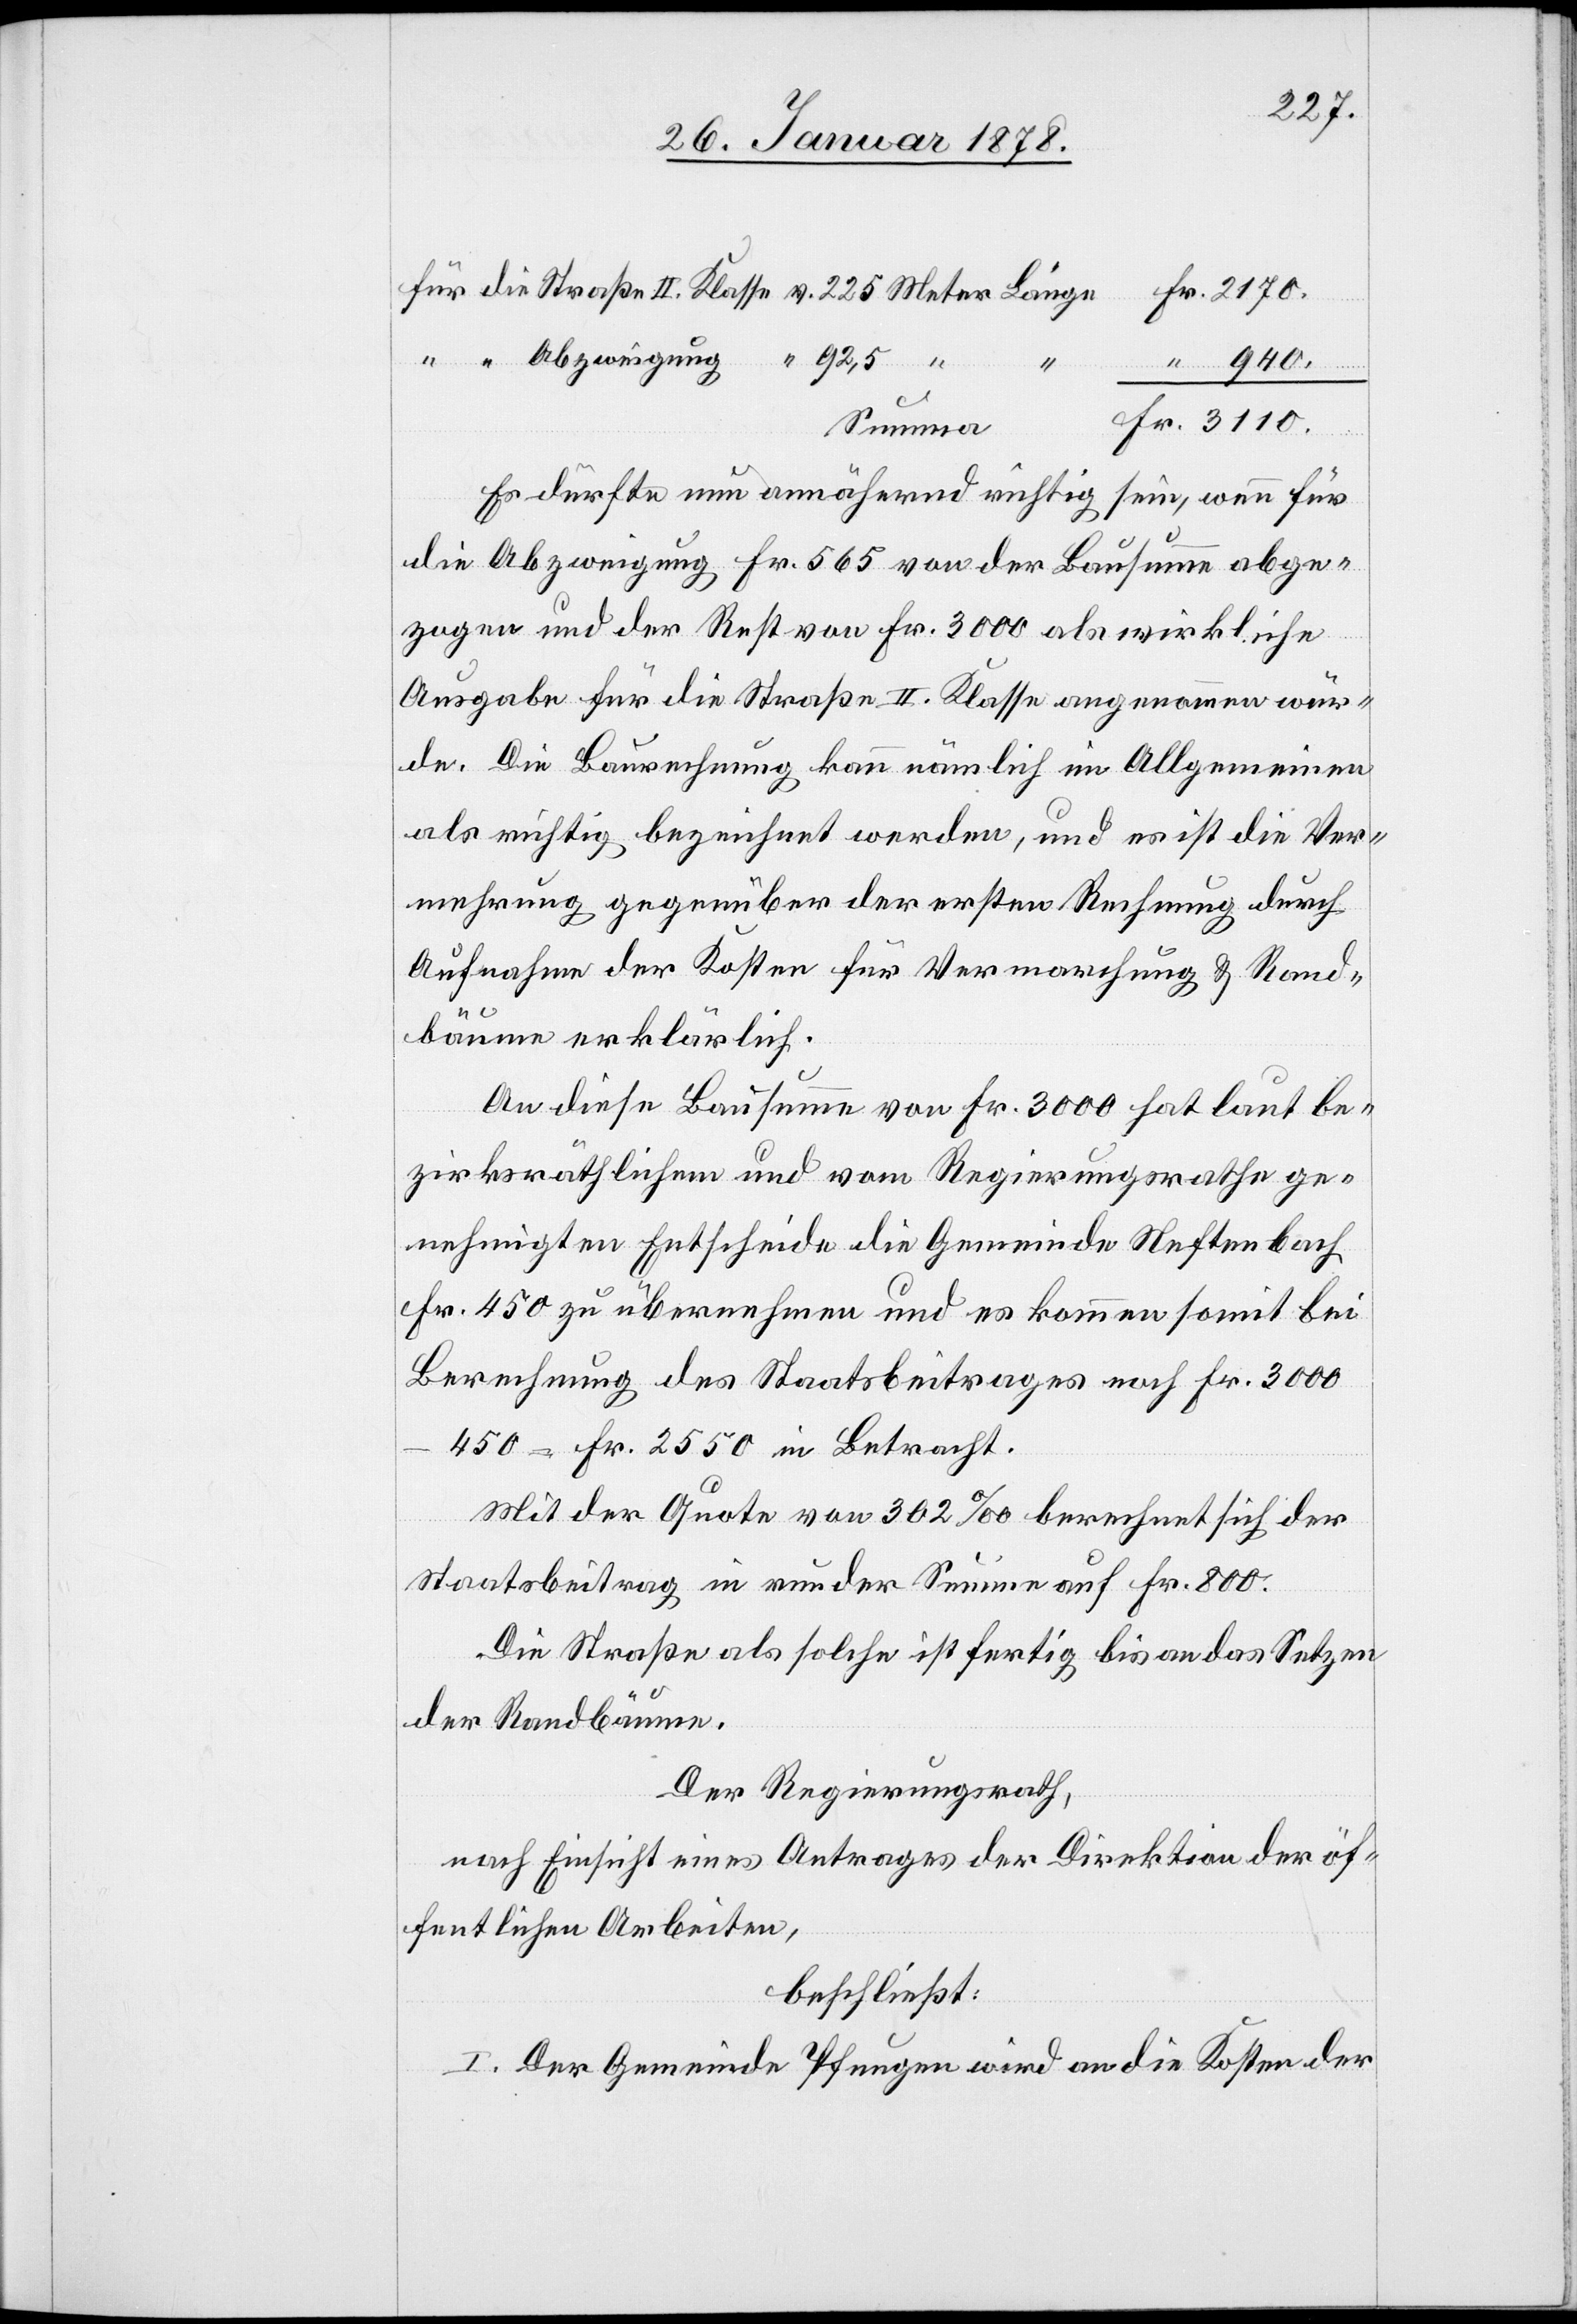
für die Straße II. Klasse v. 225 Meter Länge Fr. 2170.
“ “ Abzweigung “ 92,5 “
“
“ 940.
Fr. 3110.
Summa
Es dürfte nun annähernd richtig sein, wenn für
die Abzweigung Fr. 565 von der Bausumme abge¬
zogen und der Rest von Fr. 3000 als wirkliche
Ausgabe für die Straße II. Klasse angenommen wür¬
de. Die Baurechnung kann nämlich im Allgemeinen
als richtig bezeichnet werden, und es ist die Ver¬
mehrung gegenüber der ersten Rechnung durch
Aufnahme der Kosten für Vermarchung & Rand¬
bäume erklärlich.
An diese Bausumme von Fr. 3000 hat laut be¬
zirksräthlichem und vom Regierungsrathe ge¬
nehmigten Entscheide die Gemeinde Neftenbach
Fr. 450 zu übernehmen und es kommen somit bei
Berechnung des Staatsbeitrages noch Fr. 3000
450 = Fr. 2550 in Betracht.
Mit der Quote von 302% berechnet sich der
Staatsbeitrag in runder Summe auf Fr. 800.
Die Straße als solche ist fertig bis an das Setzen
der Randbäume.
Der Regierungsrath,
nach Einsicht eines Antrages der Direktion der öf¬
fentlichen Arbeiten,
beschließt:
I. Der Gemeinde Pfungen wird an die Kosten der